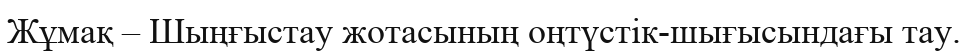
Жұмақ – Шыңғыстау жотасының оңтүстік-шығысындағы тау.